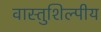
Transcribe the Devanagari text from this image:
वास्‍तुशिल्‍पीय